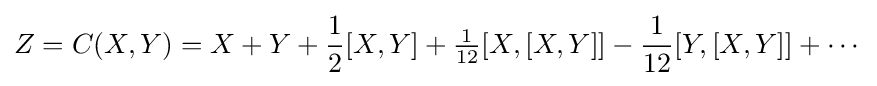
Z=C(X,Y)=X+Y+{\frac {1}{2}}[X,Y]+{\tfrac {1}{12}}[X,[X,Y]]-{\frac {1}{12}}[Y,[X,Y]]+\cdots